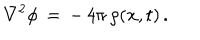
LaTeX: \nabla ^ { 2 } \phi \, = \, - \, 4 \pi \, \rho ( { \bf x } , t ) \, .